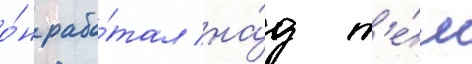
о́н рабо́тал на́д т'е́м